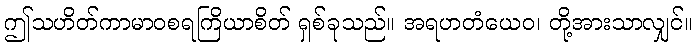
ဤသဟိတ်ကာမာဝစရကြိယာစိတ် ရှစ်ခုသည်။ အရဟတံယေဝ၊ တို့အားသာလျှင်။